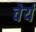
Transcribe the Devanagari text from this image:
वेर्य